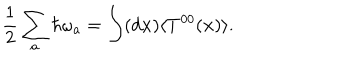
{ \frac { 1 } { 2 } } \sum _ { a } \hbar \omega _ { a } = \int ( d { \bf x } ) \langle T ^ { 0 0 } ( { \bf x } ) \rangle .